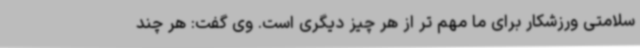
سلامتی ورزشکار برای ما مهم تر از هر چیز دیگری است. وی گفت: هر چند